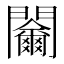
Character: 𨷬